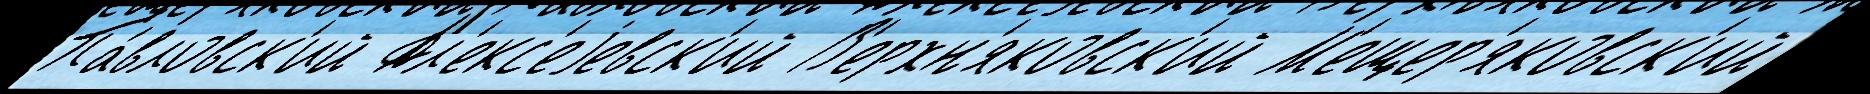
Па́вловск'ий Ал'екс'еjевск'ий В'ерхн'яковск'ий М'ещер'яковск'ий